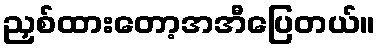
ညှစ်ထားတော့အအီပြေတယ်။